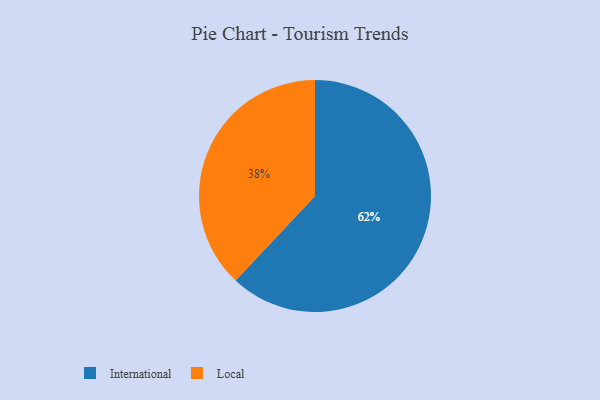
{"axis": {"x": "Category", "y": "Percentage"}, "legend": ["International", "Local"], "data": [{"x": "International", "y": 62, "type": "International"}, {"x": "Local", "y": 38, "type": "Local"}]}